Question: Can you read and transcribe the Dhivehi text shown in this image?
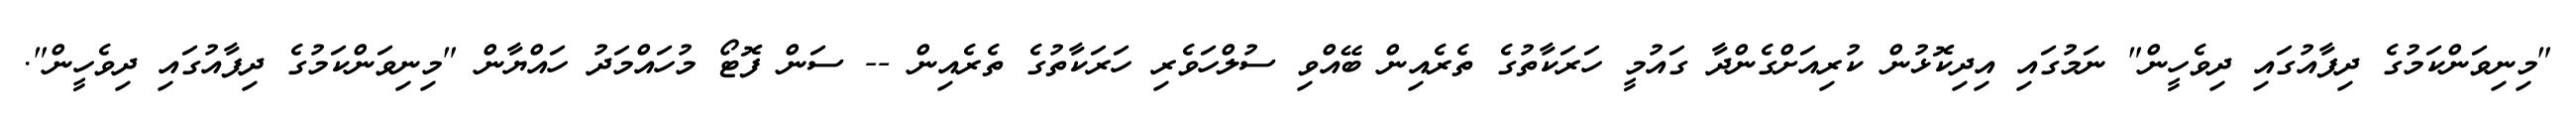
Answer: "މިނިވަންކަމުގެ ދިފާއުގައި ދިވެހީން" ނަމުގައި އިދިކޮޅުން ކުރިއަށްގެންދާ ގައުމީ ހަރަކާތުގެ ތެރެއިން ބޭއްވި ސުލްހަވެރި ހަރަކާތުގެ ތެރެއިން -- ސަން ފޮޓޯ މުހައްމަދު ހައްޔާން "މިނިވަންކަމުގެ ދިފާއުގައި ދިވެހީން".